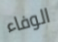
الوفاء